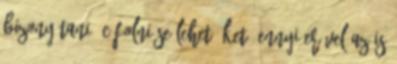
bizonyítani, cáfolni se lehet őket. Ennyi erővel az is